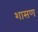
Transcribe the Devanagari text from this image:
शासण